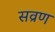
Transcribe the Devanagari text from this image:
सव्रण